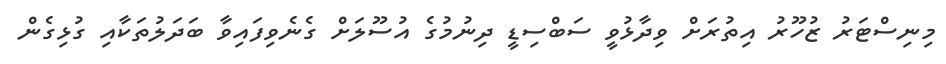
މިނިސްޓަރު ޒުހޫރު އިތުރަށް ވިދާޅުވީ ސަބްސިޑީ ދިނުމުގެ އުސޫލަށް ގެނެވިފައިވާ ބަދަލުތަކާއި ގުޅިގެން